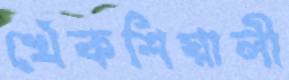
খেঁকশিয়ালী